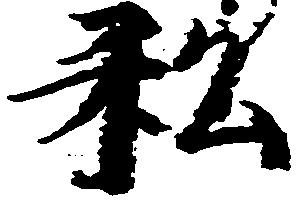
私